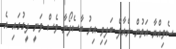
ސެވިއްޔާ އަތުން ރެއާލް ބަލިވި އިރު ބާސެލޯނާ ވެސް ވަނީ ލީގުގައި އެ